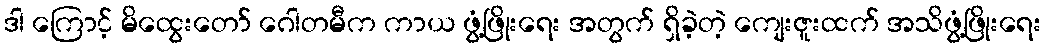
ဒါ ကြောင့် မိထွေးတော် ဂေါတမီက ကာယ ဖွံ့ဖြိုးရေး အတွက် ရှိခဲ့တဲ့ ကျေးဇူးထက် အသိဖွံ့ဖြိုးရေး